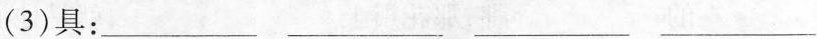
(3)具：——— ——— ——— ———